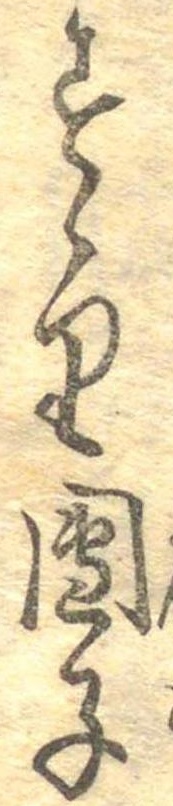
すゝり団子